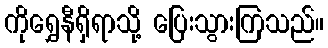
ကိုရွှေနီရှိရာသို့ ပြေးသွားကြသည်။